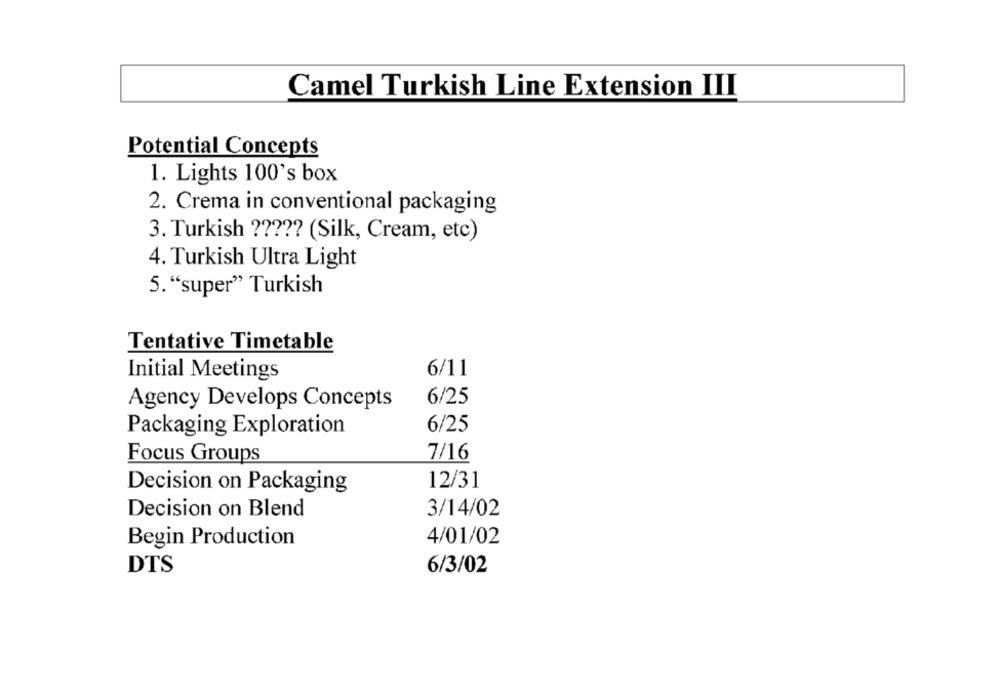
Camel Turkish Line Extension III
Potential Concepts
1. Lights 100's box
2. Crema in conventional packaging
3. Turkish ????? (Silk, Cream, etc)
4. Turkish Ultra Light
5. "super" Turkish
Tentative Timetable
6/11
Initial Meetings
6/25
Agency Develops Concepts
6/25
Packaging Exploration
Focus Groups
7/16
12/31
Decision on Packaging
3/14/02
Decision on Blend
4/01/02
Begin Production
DTS
6/3/02